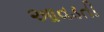
આવડતી